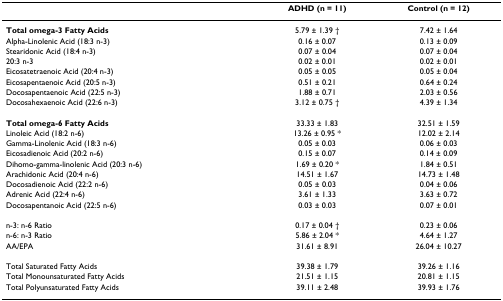
<table><thead><tr><td></td><td><b>ADHD (n = 11)</b></td><td><b>Control (n = 12)</b></td></tr></thead><tbody><tr><td><b>Total omega-3 Fatty Acids</b></td><td>5.79 ± 1.39 †</td><td>7.42 ± 1.64</td></tr><tr><td>Alpha-Linolenic Acid (18:3 n-3)</td><td>0.16 ± 0.07</td><td>0.13 ± 0.09</td></tr><tr><td>Stearidonic Acid (18:4 n-3)</td><td>0.07 ± 0.04</td><td>0.07 ± 0.04</td></tr><tr><td>20:3 n-3</td><td>0.02 ± 0.01</td><td>0.02 ± 0.01</td></tr><tr><td>Eicosatetraenoic Acid (20:4 n-3)</td><td>0.05 ± 0.05</td><td>0.05 ± 0.04</td></tr><tr><td>Eicosapentaenoic Acid (20:5 n-3)</td><td>0.51 ± 0.21</td><td>0.64 ± 0.24</td></tr><tr><td>Docosapentaenoic Acid (22:5 n-3)</td><td>1.88 ± 0.71</td><td>2.03 ± 0.56</td></tr><tr><td>Docosahexaenoic Acid (22:6 n-3)</td><td>3.12 ± 0.75 †</td><td>4.39 ± 1.34</td></tr><tr><td><b>Total omega-6 Fatty Acids</b></td><td>33.33 ± 1.83</td><td>32.51 ± 1.59</td></tr><tr><td>Linoleic Acid (18:2 n-6)</td><td>13.26 ± 0.95 *</td><td>12.02 ± 2.14</td></tr><tr><td>Gamma-Linolenic Acid (18:3 n-6)</td><td>0.05 ± 0.03</td><td>0.06 ± 0.03</td></tr><tr><td>Eicosadienoic Acid (20:2 n-6)</td><td>0.15 ± 0.07</td><td>0.14 ± 0.09</td></tr><tr><td>Dihomo-gamma-linolenic Acid (20:3 n-6)</td><td>1.69 ± 0.20 *</td><td>1.84 ± 0.51</td></tr><tr><td>Arachidonic Acid (20:4 n-6)</td><td>14.51 ± 1.67</td><td>14.73 ± 1.48</td></tr><tr><td>Docosadienoic Acid (22:2 n-6)</td><td>0.05 ± 0.03</td><td>0.04 ± 0.06</td></tr><tr><td>Adrenic Acid (22:4 n-6)</td><td>3.61 ± 1.33</td><td>3.63 ± 0.72</td></tr><tr><td>Docosapentanoic Acid (22:5 n-6)</td><td>0.03 ± 0.03</td><td>0.07 ± 0.01</td></tr><tr><td>n-3: n-6 Ratio</td><td>0.17 ± 0.04 †</td><td>0.23 ± 0.06</td></tr><tr><td>n-6: n-3 Ratio</td><td>5.86 ± 2.04 *</td><td>4.64 ± 1.27</td></tr><tr><td>AA/EPA</td><td>31.61 ± 8.91</td><td>26.04 ± 10.27</td></tr><tr><td>Total Saturated Fatty Acids</td><td>39.38 ± 1.79</td><td>39.26 ± 1.16</td></tr><tr><td>Total Monounsaturated Fatty Acids</td><td>21.51 ± 1.15</td><td>20.81 ± 1.15</td></tr><tr><td>Total Polyunsaturated Fatty Acids</td><td>39.11 ± 2.48</td><td>39.93 ± 1.76</td></tr></tbody></table>